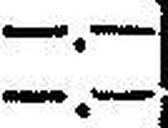
—.—